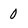
Character: O